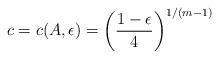
LaTeX: \begin{align*} c = c(A,\epsilon) = \left( \frac{1-\epsilon}{4} \right)^{1/(m-1)}\end{align*}